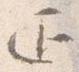
通